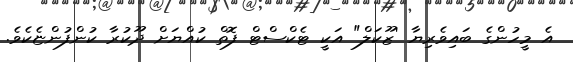
އެ މީހުންގެ ބައިވެރިޔާ 'ޒޫކަލް" އަކީ ޓެކްސްޓް ފޮތް ކުއްޔަށް ދޫކުރާ ކުންފުންޏެކެވެ.